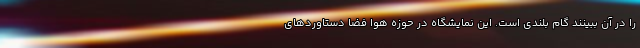
را در آن ببینند گام بلندی است. این نمایشگاه در حوزه هوا فضا دستاوردهای